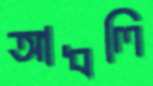
আধলি